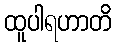
ထူပါရဟာတိ